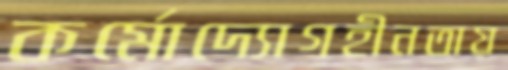
কর্মোদ্যোগহীনতায়